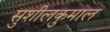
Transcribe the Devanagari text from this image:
सुशीलकुमाल